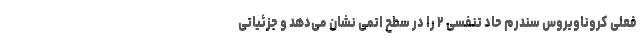
فعلی کروناویروس سندرم حاد تنفسی ۲ را در سطح اتمی نشان می‌دهد و جزئیاتی